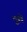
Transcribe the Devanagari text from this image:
मूसे